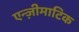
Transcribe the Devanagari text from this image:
एन्ज़ीमाटिक